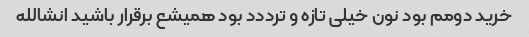
خرید دومم بود نون خیلی تازه و ترددد بود همیشع برقرار باشید انشالله